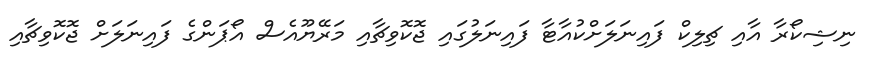
ނިޝިކޯރާ އާއި ޗިލިކް ފައިނަލަށްކުއާޓާ ފައިނަލުގައި ޖޮކޮވިޗާއި މަރޭޔޫއެސް އޯޕަންގެ ފައިނަލަށް ޖޮކޮވިޗާއި